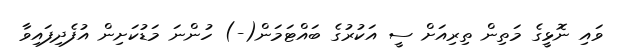
ވައި ނޮޅީގެ މަތިން ތިރިއަށް ސީ އަކުރުގެ ބައްޓަމަން(-) ހުންނަ މަޑުކަށިން އުފެދިފައިވާ